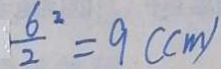
\frac { 6 } { 2 } ^ { 2 } = 9 ( c m )